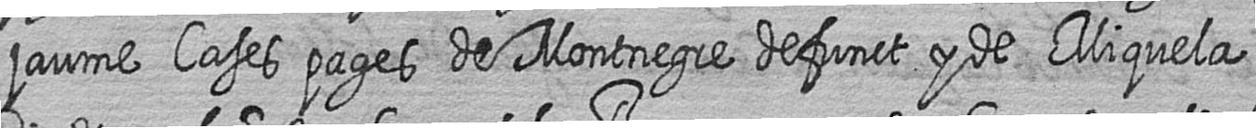
jaume Cases pages de Montnegre defunct y de Miquela